Civil Veterinary Dept. Assam report 1927-50 - 1927-1950
Year: 1927
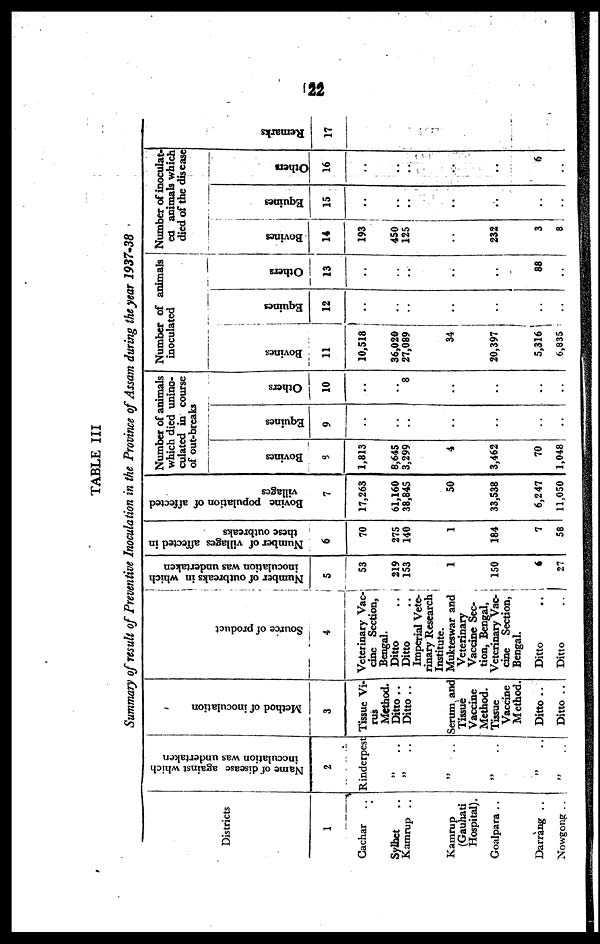
22
TABLE III
Summary of result of Preventive Inoculation in the Province of Assam during the year 1937-38
Districts
1
Cachar ..
Sylhet ..
Kamrup ..
Kamrup ..
(Gauhati
Hospital).
Goalpara ..
Darrang ..
Nowgong ..
Name of disease against which
inoculation was undertaken
2
Rinderpest
„ ..
„ ..
„ ..
„ ..
„ ..
Method of inoculation
3
Tissue Vi-
rus
Method.
Ditto..
Ditto ..
Serum and
Tissue
Vaccine
Method.
Tissue
Vaccine
Method.
Ditto ..
Ditto ..
Source of product
4
Veterinary Vac-
cine Section,
Bengal.
Ditto ..
Ditto ..
Imperial Vete-
rinary Research
Institute.
Mukteswar and
Veterinary
Vaccine Sec-
tion, Bengal,
Veterinary Vac-
cine Section,
Bengal.
Ditto ..
Ditto ..
Number of outbreaks in which
inoculation was undertaken
5
53
219
153
1
150
6
27
Number of villages affected in
these outbreaks
6
70
275
140
1
184
7
58
Bovine population of affected
villages
7
17,263
61,160
38,845
50
33,538
6,247
11,050
Number of animals
which died unino-
culated in course
of out-breaks
Bovines
8
1,813
8,645
3,299
4
3,462
70
1,048
Equines
9
..
..
..
..
..
..
..
Others
10
..
..
8
..
..
..
..
Number of animals
inoculated
Bovines
11
10,518
36,020
27,089
34
20,397
5,316
6,835
Equines
12
..
..
..
..
..
..
..
..
Others
13
..
..
..
..
..
88
..
Number of inoculat-
ed animals which
died of the disease
Bovines
14
193
450
125
..
232
3
8
Equines
15
..
..
..
..
..
..
..
Others
16
..
..
..
..
..
6
..
Re ma r
ks
17